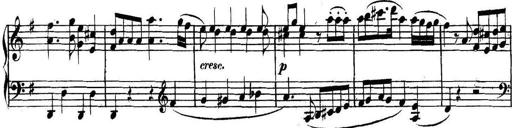
Title: Collected Piano Sonatas
Composer: Muzio Clementi